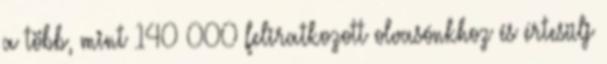
a több, mint 140 000 feliratkozott olvasónkhoz és értesülj